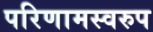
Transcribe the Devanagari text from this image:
परिणामस्‍वरुप